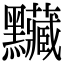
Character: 𪓅